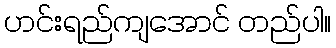
ဟင်းရည်ကျအောင် တည်ပါ။